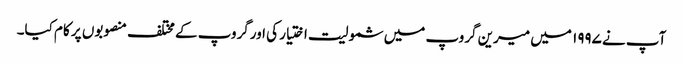
آپ نے ۱۹۹۷ میں میرین گروپ میں شمولیت اختیار کی اورگروپ کے مختلف منصوبوں پر کام کیا۔